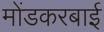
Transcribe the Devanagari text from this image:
मोंडकरबाई